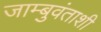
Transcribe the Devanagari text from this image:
जाम्बुवंताशी